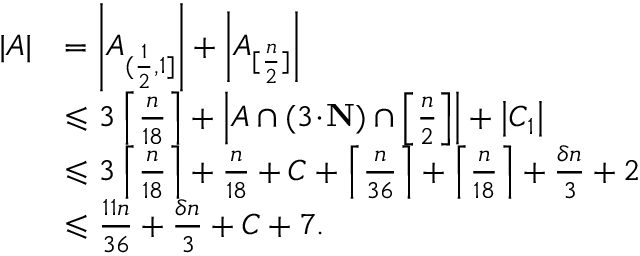
\begin{array} { r l } { | A | } & { = \left| A _ { ( \frac { 1 } { 2 } , 1 ] } \right| + \left| A _ { [ \frac { n } { 2 } ] } \right| } \\ & { \leqslant 3 \left\lceil \frac { n } { 1 8 } \right\rceil + \left| A \cap ( 3 \! \cdot \! \mathbf { N } ) \cap \left[ \frac { n } { 2 } \right] \right| + \left| C _ { 1 } \right| } \\ & { \leqslant 3 \left\lceil \frac { n } { 1 8 } \right\rceil + \frac { n } { 1 8 } + C + \left\lceil \frac { n } { 3 6 } \right\rceil + \left\lceil \frac { n } { 1 8 } \right\rceil + \frac { \delta n } { 3 } + 2 } \\ & { \leqslant \frac { 1 1 n } { 3 6 } + \frac { \delta n } { 3 } + C + 7 . } \end{array}